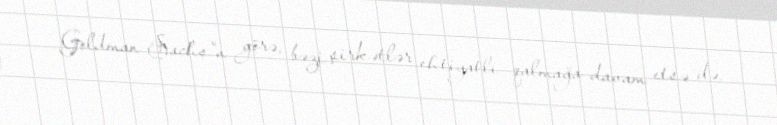
Goldman Sachs"a görə, bəzi şirkətlər ehtiyatlı qalmağa davam etsə də,